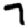
Digit: 7